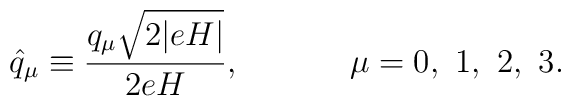
\hat{q}_\mu \equiv \frac{q_\mu \sqrt{2 |eH|}}{2eH},~~~~~~~~~~\mu = 0,~1,~2,~3.